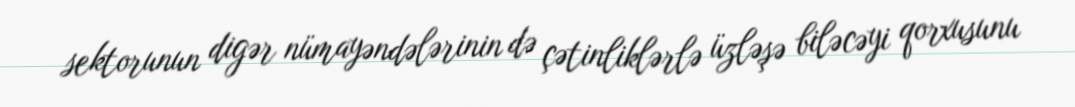
sektorunun digər nümayəndələrinin də çətinliklərlə üzləşə biləcəyi qorxusunu